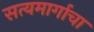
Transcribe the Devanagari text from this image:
सत्यमार्गाचा